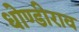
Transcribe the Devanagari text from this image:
धोण्डीराव